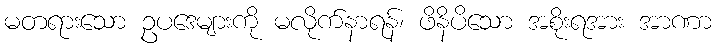
မတရားသော ဥပဒေများကို မလိုက်နာရန်၊ ဖိနိပိသော အစိုးရအား အာဏာ